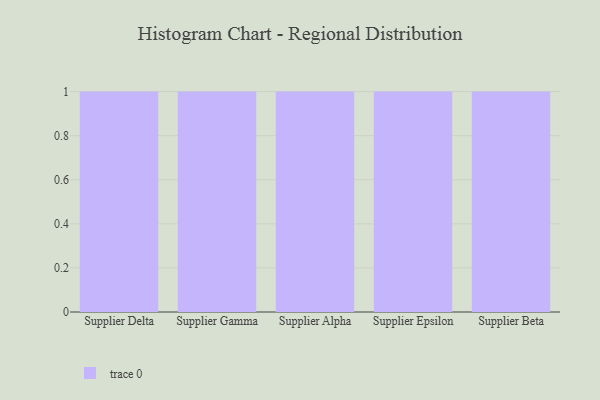
{"axis": {"x": "Supplier", "y": "Energy Usage (MWh)"}, "legend": [""], "data": [{"x": "Supplier Delta", "y": 61, "type": ""}, {"x": "Supplier Gamma", "y": 14, "type": ""}, {"x": "Supplier Alpha", "y": 28, "type": ""}, {"x": "Supplier Epsilon", "y": 35, "type": ""}, {"x": "Supplier Beta", "y": 92, "type": ""}]}